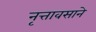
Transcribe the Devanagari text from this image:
नृत्तावसाने